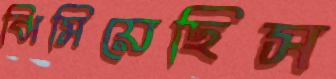
ঝিমিয়েছিস